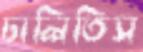
ঢালিতিস